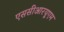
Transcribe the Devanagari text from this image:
एससीआरयूएम